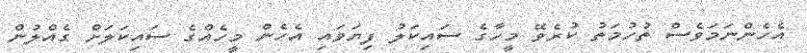
އެހެންނަމަވެސް ތުހުމަތު ކުރެވޭ މީހާގެ ސައިކަލު ފިޔަވައި އެހެން މީހެއްގެ ސައިކަލަށް ގެއްލުން